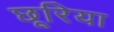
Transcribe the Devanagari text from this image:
छूरिया